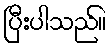
ပြီးပါသည်။